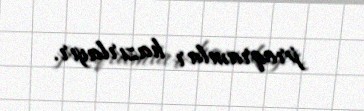
proqramlar hazırlayır.